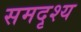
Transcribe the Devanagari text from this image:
समदृश्य